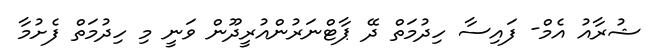
ޝުރާއު އެމް- ފައިސާ ހިދުމަތް ދޭ ޕާޓްނަރުންއުރީދޫން ވަނީ މި ހިދުމަތް ފެށުމާ